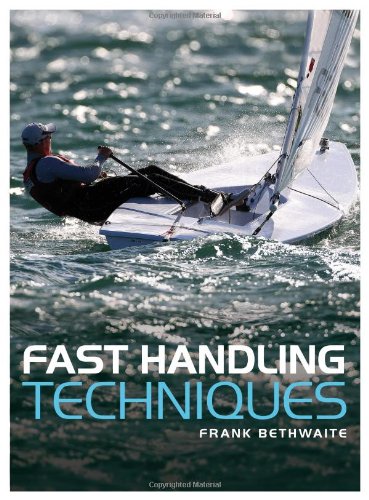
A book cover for Fast Handling Technique; Frank Bethwaite; Sports & Outdoors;